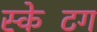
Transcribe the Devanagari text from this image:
स्‍केटिंग